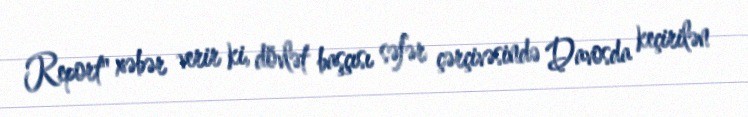
Report" xəbər verir ki, dövlət başçısı səfər çərçivəsində Davosda keçirilən